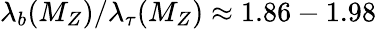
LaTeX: \lambda_{b}(M_{Z})/\lambda_{\tau}(M_{Z})\approx 1.86-1.98